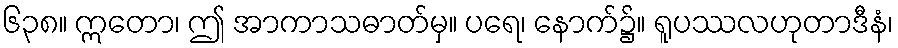
၆၃၈။ ဣတော၊ ဤ အာကာသဓာတ်မှ။ ပရေ၊ နောက်၌။ ရူပဿလဟုတာဒီနံ၊